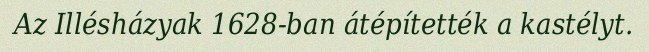
Az Illésházyak 1628-ban átépítették a kastélyt.